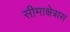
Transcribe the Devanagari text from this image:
सीमाक्षेत्रास